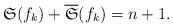
LaTeX: \begin{align*}\mathfrak{S}(f_k)+\overline{\mathfrak{S}}(f_k)=n+1.\end{align*}